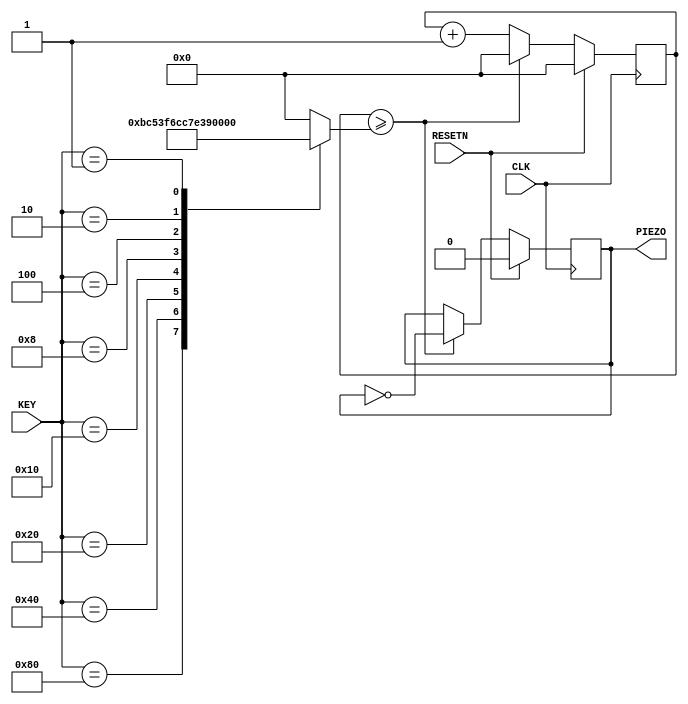
module HB_PIANO(RESETN,CLK,KEY,PIEZO);
    input RESETN, CLK;
    input [7:0] KEY;
    output PIEZO;

    reg BUFF;
    reg [7:0] CNT_SOUND;
    reg [7:0] LIMIT;

    wire PIEZO;
    always @(KEY) begin
        case (KEY)
            8'b10000000 : LIMIT = 956;
            8'b01000000 : LIMIT = 851;
            8'b00100000 : LIMIT = 758;
            8'b00010000 : LIMIT = 716;
            8'b00001000 : LIMIT = 638;
            8'b00000100 : LIMIT = 568;
            8'b00000010 : LIMIT = 508;
            8'b00000001 : LIMIT = 478;
            default : LIMIT = 0;
        endcase 
    end
    always @ (posedge CLK) begin
        if(RESETN) begin
            BUFF = 1'b0;
            CNT_SOUND = 0;
        end
        else begin
            if(CNT_SOUND >= LIMIT) begin 
                CNT_SOUND = 0;
                BUFF = ~BUFF;
            end
            else CNT_SOUND = CNT_SOUND + 1;
        end
    end
    assign PIEZO = BUFF;
endmodule